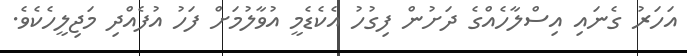
އަހަރު ގެނައި އިސްލާހެއްގެ ދަށުން ފިގުހު އެކެޑެމީ އުވާލުމަށް ފަހު އުފެއްދި މަޖިލީހެކެވެ.